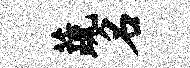
蔬名